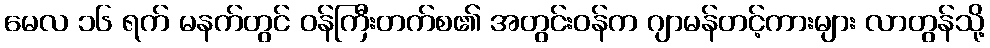
မေလ ၁၆ ရက် မနက်တွင် ဝန်ကြီးတက်စ၏ အတွင်းဝန်က ဂျာမန်တင့်ကားများ လာတွန်သို့